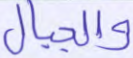
والجبال